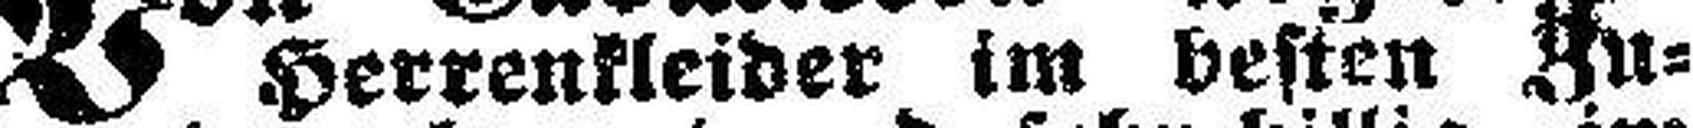
Herrenkleider im besten Zu¬